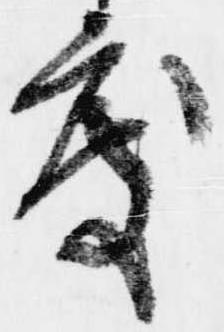
度